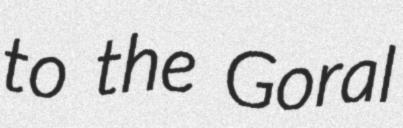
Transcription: to the Goral